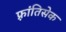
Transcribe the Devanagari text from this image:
फ़्रांतिसेक